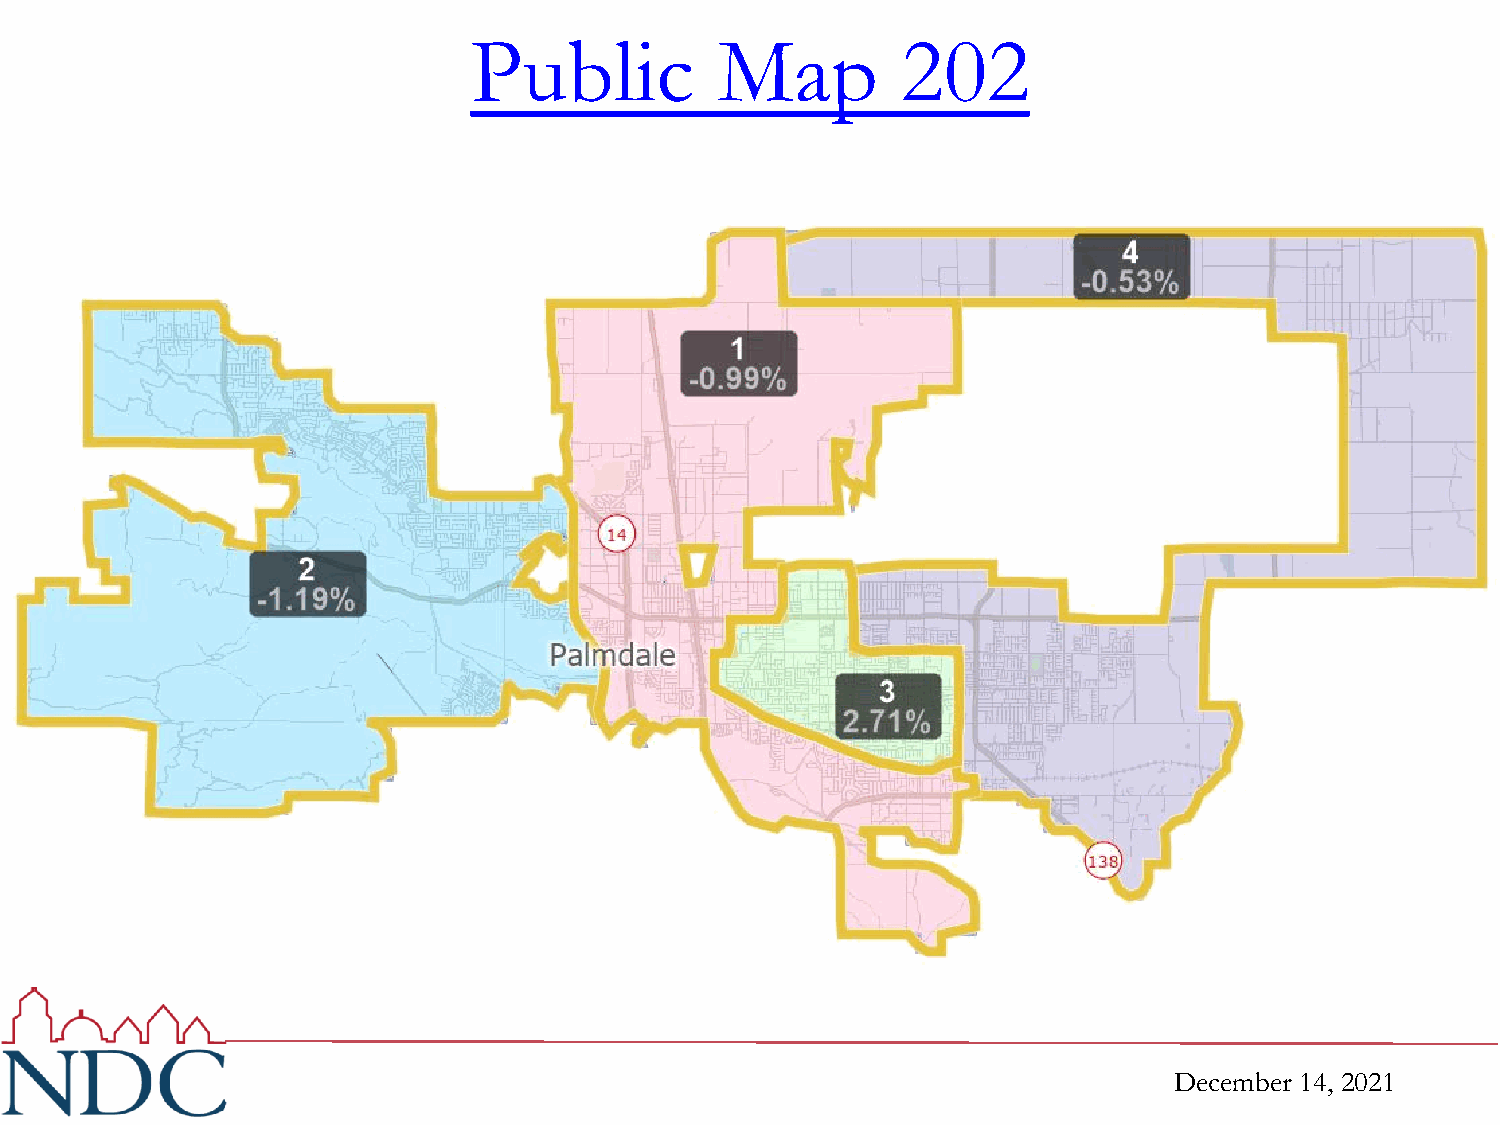
Public          Map          202
 December 14, 2021